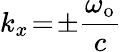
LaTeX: k_{x}\! =\! \pm\frac{\omega_{\mathrm{o}}}{c}